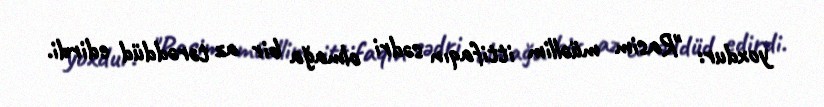
yoxdur: "Rasim müəllim ittifaqın sədri olmağa bir az tərəddüd edirdi.